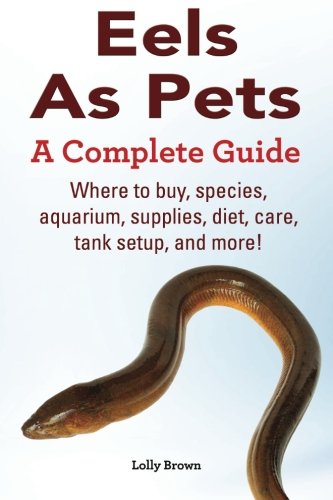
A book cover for Eels As Pets: Where to buy, species, aquarium, supplies, diet, care, tank setup, and more! A Complete Guide!; Lolly Brown; Crafts, Hobbies & Home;